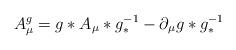
LaTeX: \begin{align*}A_{\mu }^{g}=g\ast A_{\mu }\ast g_{\ast }^{-1}-\partial _{\mu }g\ast g_{\ast}^{-1}\end{align*}